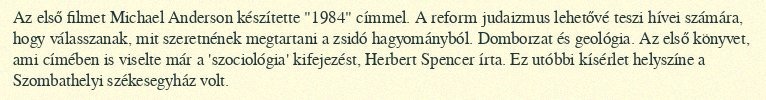
Az első filmet Michael Anderson készítette "1984" címmel. A reform judaizmus lehetővé teszi hívei számára, hogy válasszanak, mit szeretnének megtartani a zsidó hagyományból. Domborzat és geológia. Az első könyvet, ami címében is viselte már a 'szociológia' kifejezést, Herbert Spencer írta. Ez utóbbi kísérlet helyszíne a Szombathelyi székesegyház volt.